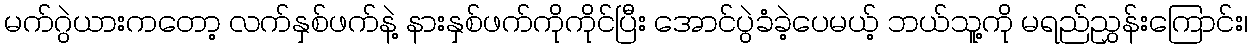
မက်ဂွဲယားကတော့ လက်နှစ်ဖက်နဲ့ နားနှစ်ဖက်ကိုကိုင်ပြီး အောင်ပွဲခံခဲ့ပေမယ့် ဘယ်သူ့ကို မရည်ညွှန်းကြောင်း၊